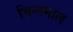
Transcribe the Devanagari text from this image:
भिन्‍नमाल